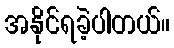
အနိုင်ရခဲ့ပါတယ်။